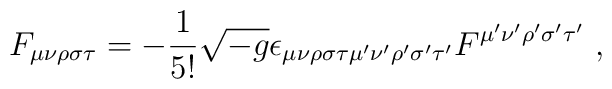
F_{\mu\nu\rho\sigma\tau}=-\frac{1}{5!}\sqrt{-g}\epsilon_{\mu\nu\rho\sigma\tau\mu'\nu'\rho'\sigma'\tau'}F^{\mu'\nu'\rho'\sigma'\tau'} ~ ,